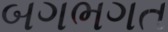
બગભગત